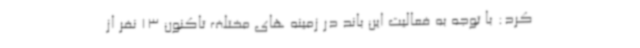
کرد: با توجه به فعالیت این باند در زمینه های مختلف تاکنون 13 نفر از